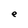
Character: e